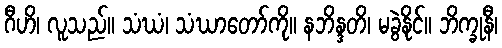
ဂီဟိ၊ လူသည်။ သံဃံ၊ သံဃာတော်ကို။ နဘိန္ဒတိ၊ မခွဲနိုင်။ ဘိက္ခုနီ၊